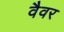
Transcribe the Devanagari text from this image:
वैवर